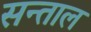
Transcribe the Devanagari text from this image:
सन्ताल